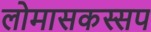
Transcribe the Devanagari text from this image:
लोमासकस्सप